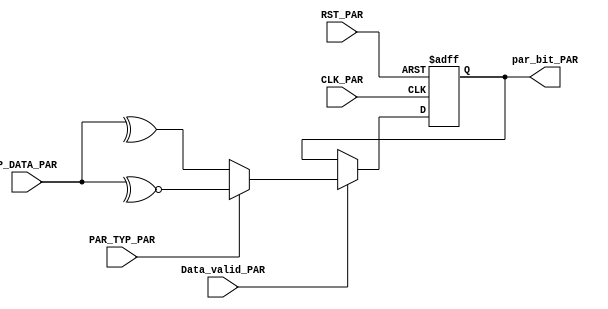
module parityCalic_uart_tx #(parameter DATA_SIZE =8)(
		 input   wire                    CLK_PAR,
		 input   wire                    RST_PAR,
         input   wire  [DATA_SIZE-1:0]   P_DATA_PAR,
         input   wire                    Data_valid_PAR,
         input   wire                    PAR_TYP_PAR,
		 output  reg                     par_bit_PAR);



always@(posedge CLK_PAR or negedge RST_PAR)
   begin
     if(!RST_PAR)
       begin
	   par_bit_PAR<='b0;
	   end
	   
     else if(Data_valid_PAR)
       begin
          if(PAR_TYP_PAR)	     // odd parity  
		    par_bit_PAR<=~^P_DATA_PAR;
		  else                   // even parity
		    par_bit_PAR<=^P_DATA_PAR;
        end
	end
endmodule